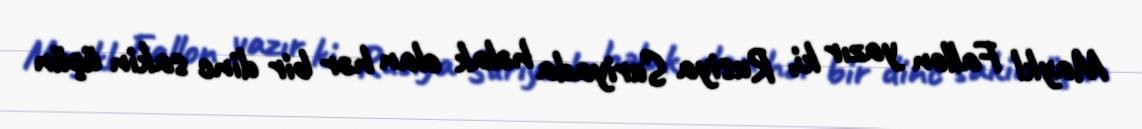
Maykl Fallon yazır ki, Rusiya Suriyada həlak olan hər bir dinc sakin üçün